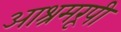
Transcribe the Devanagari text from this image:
आश्रमरूपी